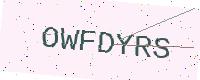
Text: OWFDYRS